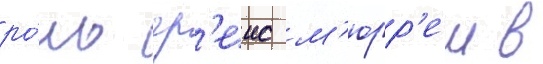
ро́ль гр'еис м'юрр'еи в